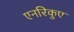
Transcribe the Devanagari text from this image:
एनरिकुए